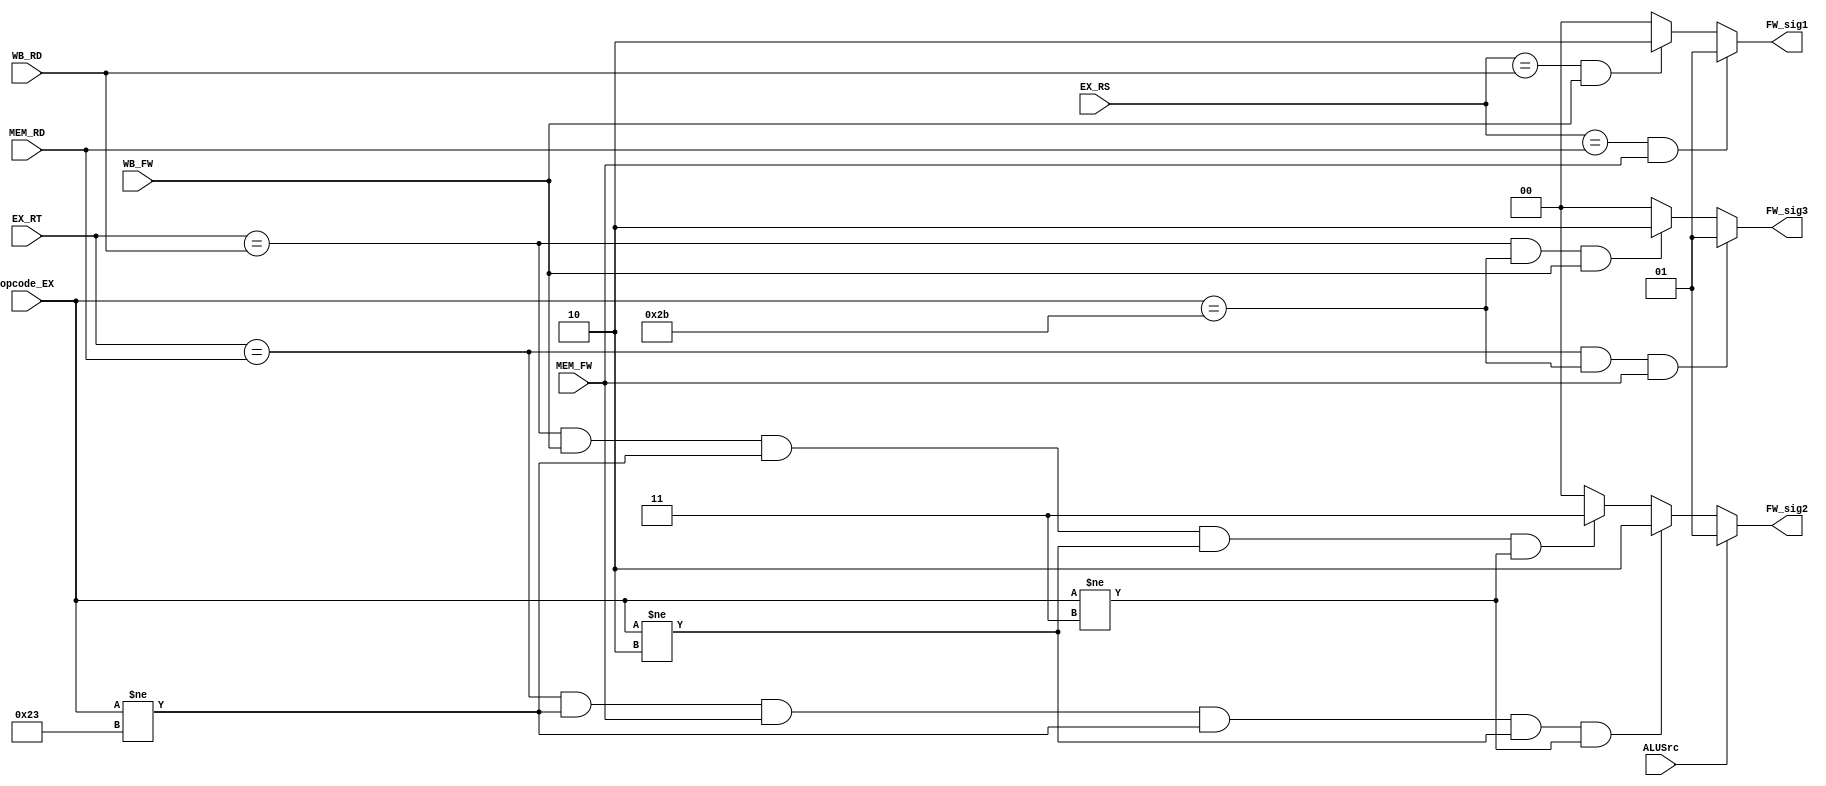
module Forwarding_Unit_EX (
    input [5:0] opcode_EX,
    input [4:0] EX_RS, EX_RT,
    input [4:0] MEM_RD, WB_RD,
    input ALUSrc,
    input MEM_FW, WB_FW,
    output [1:0] FW_sig1, 
    output [1:0] FW_sig2,
    output [1:0] FW_sig3
);

assign FW_sig1 = ((EX_RS == MEM_RD) && MEM_FW) ? 2'b01 :(
                ((EX_RS == WB_RD) && WB_FW) ? 2'b10 : 2'b00);

assign FW_sig2 = ( (ALUSrc == 1'b1) ? 2'b01 : 
( ((EX_RT == MEM_RD) && (opcode_EX != 6'b100011) && MEM_FW && (opcode_EX!=6'b100011)&&(opcode_EX!=6'b000010)&&(opcode_EX!=6'b000011)) ?  2'b10 : 
( ((EX_RT == WB_RD) && WB_FW && (opcode_EX!=6'b100011)&&(opcode_EX!=6'b000010)&&(opcode_EX!=6'b000011)) ? 2'b11 :  2'b00)));

assign FW_sig3 = ((EX_RT == MEM_RD) && (opcode_EX==6'b101011) && MEM_FW) ? 2'b01 : 
(((EX_RT == WB_RD) && (opcode_EX==6'b101011) && WB_FW) ? 2'b10 : 2'b00);

endmodule